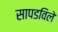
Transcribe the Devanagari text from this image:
सापडविले